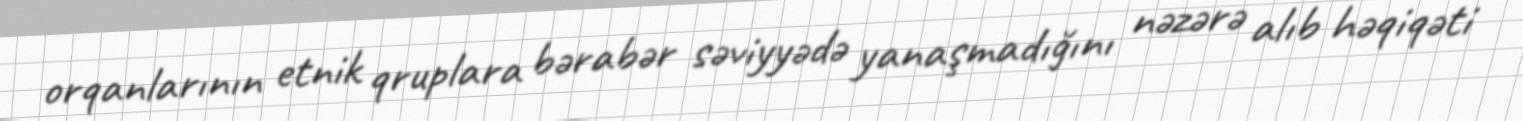
orqanlarının etnik qruplara bərabər səviyyədə yanaşmadığını nəzərə alıb həqiqəti